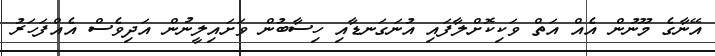
އޭނާގެ މޫނުން އެއް އަތް ވަކިކޮށްލާފައި އުނަގަނޑާއި ހިސާބުން ވަށައިލީނުން އަދިވެސް އެއްފަހަރު